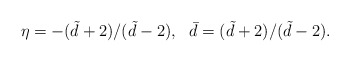
\begin{align*}\eta =-(\tilde{d}+2)/(\tilde{d}-2),\ \ \bar{d}=(\tilde{d}+2)/(\tilde{d}-2).\end{align*}